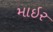
માઇર